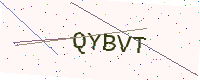
Text: QYBVT